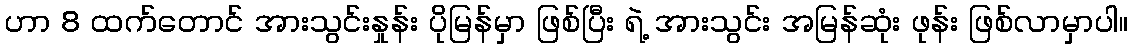
ဟာ 8 ထက်တောင် အားသွင်းနှုန်း ပိုမြန်မှာ ဖြစ်ပြီး ရဲ့ အားသွင်း အမြန်ဆုံး ဖုန်း ဖြစ်လာမှာပါ။